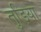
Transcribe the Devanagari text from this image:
तुड़िया